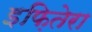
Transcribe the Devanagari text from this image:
इफ़ितेरा